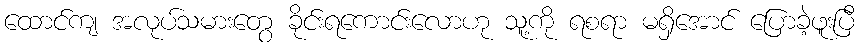
ထောင်ကျ အလုပ်သမားတွေ ခိုင်းရကောင်းလောဟု သူ့ကို ရစရာ မရှိအောင် ပြောခဲ့ဖူးပြီ